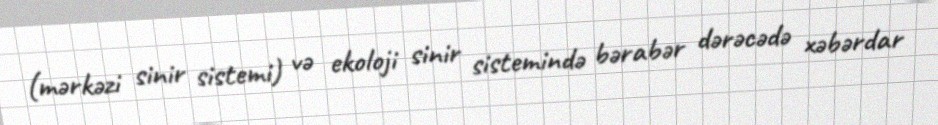
(mərkəzi sinir sistemi) və ekoloji sinir sistemində bərabər dərəcədə xəbərdar